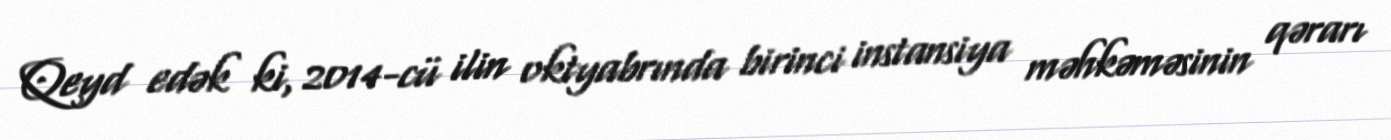
Qeyd edək ki, 2014-cü ilin oktyabrında birinci instansiya məhkəməsinin qərarı